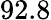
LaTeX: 92.8